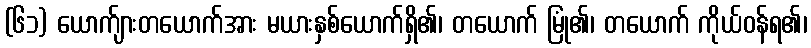
(၆၁) ယောက်ျားတယောက်အား မယားနှစ်ယောက်ရှိ၏၊ တယောက် မြုံ၏၊ တယောက် ကိုယ်ဝန်ရ၏၊